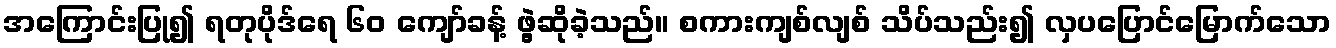
အကြောင်းပြု၍ ရတုပိုဒ်ရေ ၆၀ ကျော်ခန့် ဖွဲ့ဆိုခဲ့သည်။ စကားကျစ်လျစ် သိပ်သည်း၍ လှပပြောင်မြောက်သော